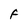
Character: F